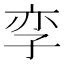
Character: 孪